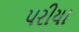
પરીયા